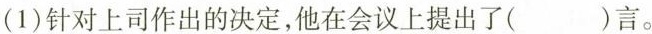
(1)针对上司作出的决定，他在会议上提出了()言。